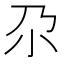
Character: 尕